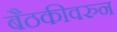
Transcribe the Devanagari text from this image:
बैठकीवरुन